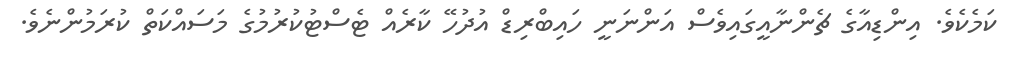
ކަމެކެވެ. އިންޑިއާގެ ޗެންނާއީގައިވެސް އަންނަނީ ހައިބްރިޑް އުދުހޭ ކާރެއް ޓެސްޓުކުރުމުގެ މަސައްކަތް ކުރަމުންނެވެ.